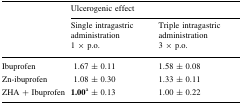
<table><thead><tr><td rowspan="2"></td><td colspan="2"><b>Ulcerogenic effect</b></td></tr><tr><td><b>Single intragastric administration1 × p.o.</b></td><td><b>Triple intragastric administration3 × p.o.</b></td></tr></thead><tbody><tr><td>Ibuprofen</td><td>1.67 ± 0.11</td><td>1.58 ± 0.08</td></tr><tr><td>Zn-ibuprofen</td><td>1.08 ± 0.30</td><td>1.33 ± 0.11</td></tr><tr><td>ZHA + Ibuprofen</td><td><b>1.00</b><sup>a</sup> ± 0.13</td><td>1.00 ± 0.22</td></tr></tbody></table>